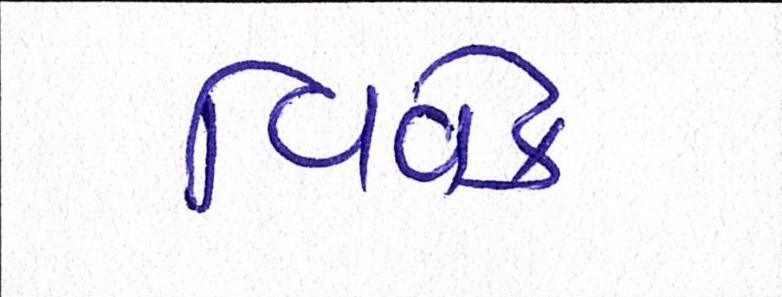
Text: વિવેક